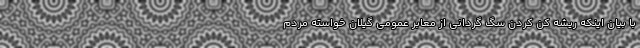
با بیان اینکه ریشه کن کردن سگ گردانی از معابر عمومی گیلان خواسته مردم